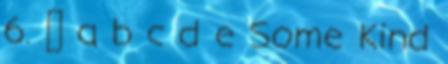
6. ↑ a b c d e Some Kind